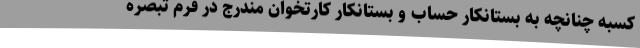
کسبه چنانچه به بستانکار حساب و بستانکار کارتخوان مندرج در فرم تبصره